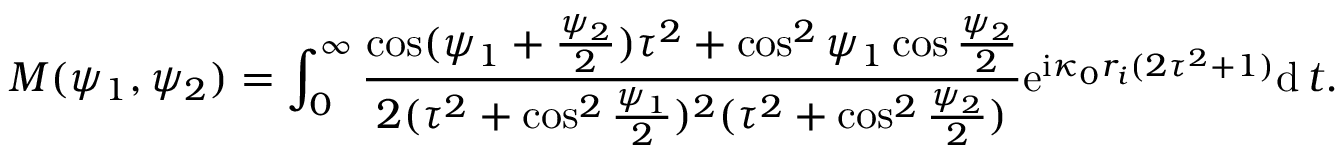
M ( \psi _ { 1 } , \psi _ { 2 } ) = \int _ { 0 } ^ { \infty } \frac { \cos ( \psi _ { 1 } + \frac { \psi _ { 2 } } { 2 } ) \tau ^ { 2 } + \cos ^ { 2 } \psi _ { 1 } \cos \frac { \psi _ { 2 } } { 2 } } { 2 ( \tau ^ { 2 } + \cos ^ { 2 } \frac { \psi _ { 1 } } { 2 } ) ^ { 2 } ( \tau ^ { 2 } + \cos ^ { 2 } \frac { \psi _ { 2 } } { 2 } ) } \mathrm { e } ^ { \mathrm { i } \kappa _ { 0 } r _ { i } ( 2 \tau ^ { 2 } + 1 ) } \mathrm { d } \, t .